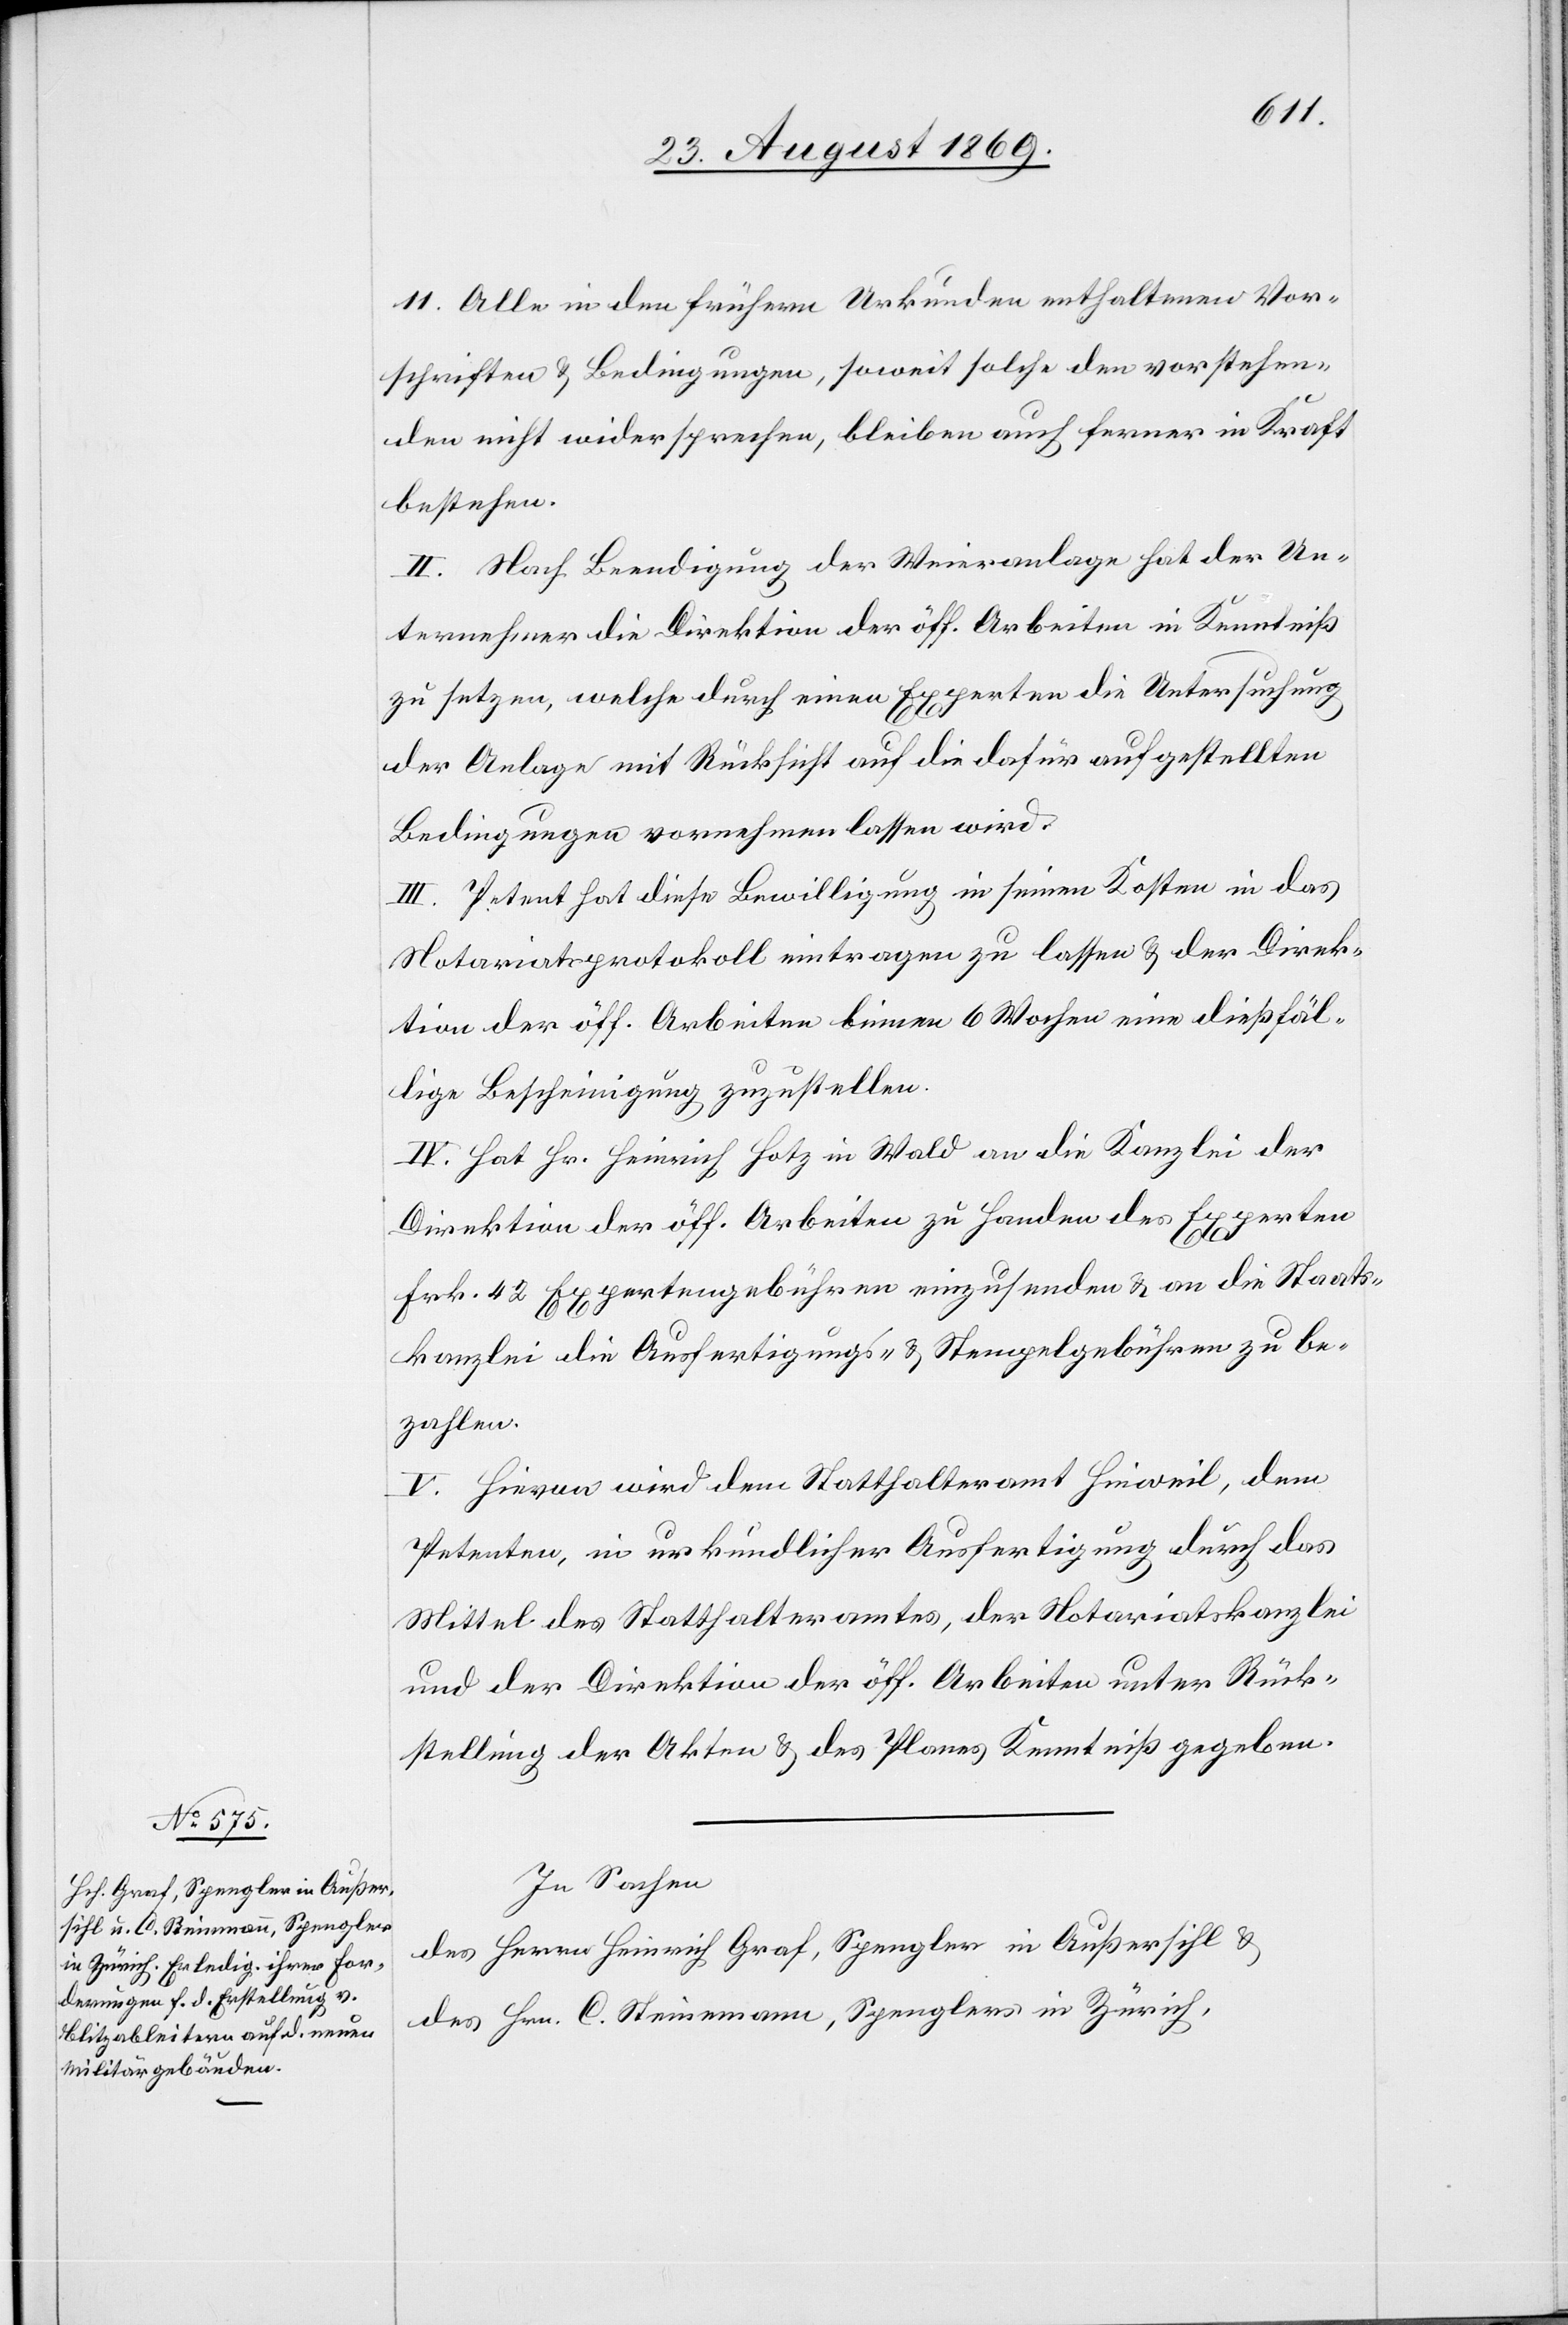
11. Alle in den frühern Urkunden enthaltenen Vor¬
schriften & Bedingungen, soweit solche den vorstehen¬
den nicht widersprechen, bleiben auch ferner in Kraft
bestehen.
II. Nach Beendigung der Weieranlage hat der Un¬
ternehmer die Direktion der öff. Arbeiten in Kenntniß
zu setzen, welche durch einen Experten die Untersuchung
der Anlage mit Rücksicht auf die dafür aufgestellten
Bedingungen vornehmen lassen wird.
III. Petent hat diese Bewilligung in seinen Kosten in das
Notariatsprotokoll eintragen zu lassen & der Direk¬
tion der öff. Arbeiten binnen 6 Wochen eine dießfäl¬
lige Bescheinigung zuzustellen.
IV. Hat Hr. Heinrich Hotz in Wald an die Kanzlei der
Direktion der öff. Arbeiten zu Handen des Experten
Frk. 42 Expertengebühren einzusenden & an die Staats¬
kanzlei die Ausfertigungs- & Stempelgebühren zu be¬
zahlen.
V. Hievon wird dem Statthalteramt Hinweil, dem
Petenten, in urkundlicher Ausfertigung durch das
Mittel des Statthalteramtes, der Notariatskanzlei
und der Direktion der öff. Arbeiten unter Rück¬
stellung der Akten & des Planes Kenntniß gegeben.
In Sachen
des Herrn Heinrich Graf, Spengler in Außersihl &
des Hrn. C. Steinemann [sic!], Spenglers in Zürich,